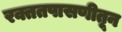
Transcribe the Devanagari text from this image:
रक्ततपासणीतून